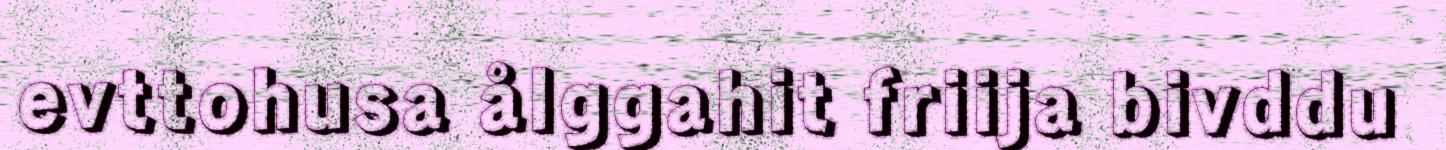
evttohusa ålggahit friija bivddu